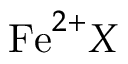
\mathrm { F e } ^ { 2 + } X